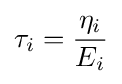
\tau _{i}={\frac {\eta _{i}}{E_{i}}}